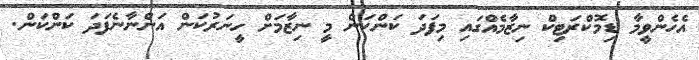
އެހެންވީމާ ޑިމޮކްރަޓިކް ނިޒާމެއްގައި މިފަދަ ކަންކަން މީ ނިޒާމަށް ހީނަރުކަން އަންނާނެފަދަ ކަންކަން.